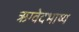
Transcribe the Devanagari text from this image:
ऋग्वेदभाष्य